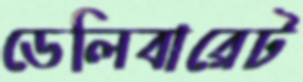
ডেলিবারেট